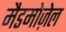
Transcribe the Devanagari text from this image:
मैडमोज़ेल